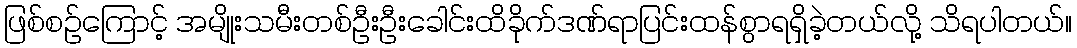
ဖြစ်စဉ်ကြောင့် အမျိုးသမီးတစ်ဦးဦးခေါင်းထိခိုက်ဒဏ်ရာပြင်းထန်စွာရရှိခဲ့တယ်လို့ သိရပါတယ်။